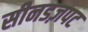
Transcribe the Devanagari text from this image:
सीनडज़पट